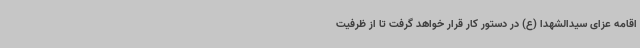
اقامه عزای سیدالشهدا (ع) در دستور کار قرار خواهد گرفت تا از ظرفیت